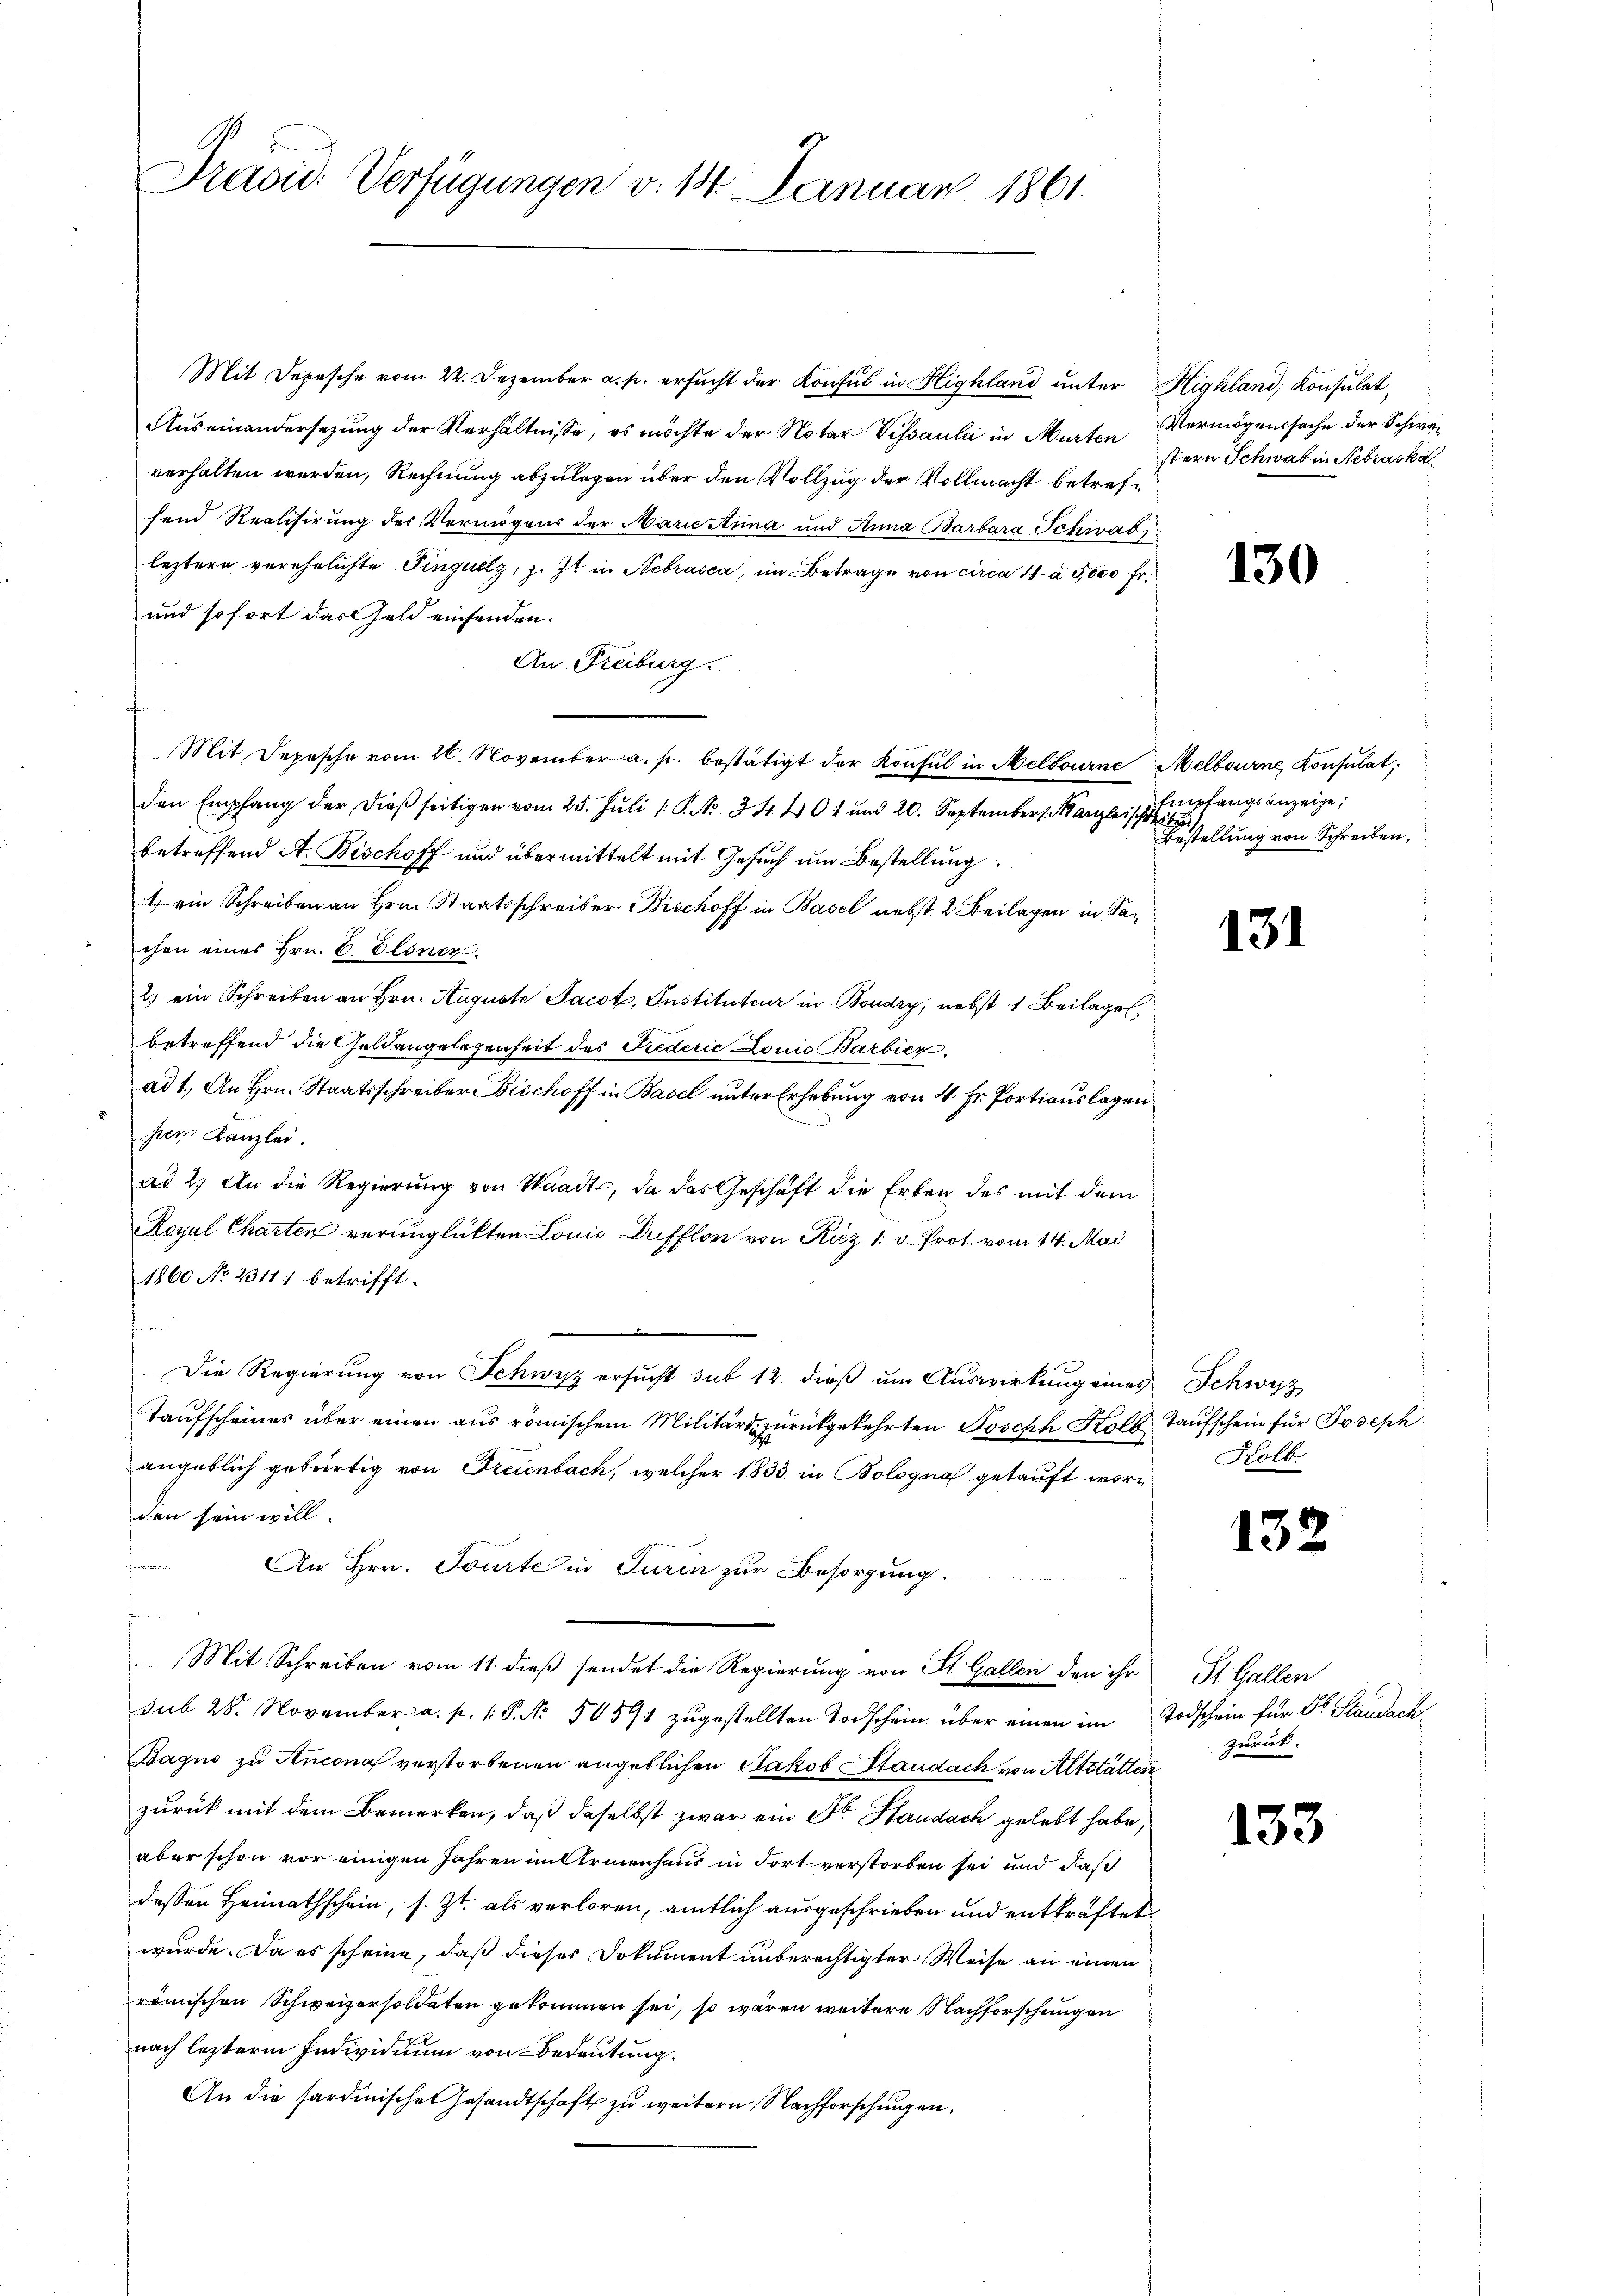
Präsid. Verfügungen v. 14. Januar 1861.

Auseinandersezung der Verhältnisse, es möchte der Notar Vissaula in Murten Vermögenssache der Schweverhalten werden, Rechnung abzulegen über den Vollzug der Vollmacht betreffend Realisirung des Vermögens der Marie Anna und Anna Barbara Schwab
leztere verehelichte Fingullz, z. Zt. in Nebrasca, im Betrage von circa 4 à 5,000 fr.
und sofort das Geld einsenden.
An Freiburg.
Mit Depesche vom 26. November a. p. bestätigt der Konsul in Melbourne Melbourne Konsulat
den Empfang der dieβ seitigen vom 25. Jŭli (: P. No. 34. 401 und 20. September Kanzleisch Empfangsanzeige,
betreffend A. Bischoff und übermittelt mit Gesuch um Bestellung
1 ein Schreiben an Hrn. Staatsschreiber Bischoff in Basel nebst 2 Beilagen in Sachen eines Hrn. C. Elöner
2) ein Schreiben an Hrn. Auguste Jacot, Instituteur in Boudry, nebst 1 Beilagen,
betreffend die Geldangelegenheit des Friederić Louis Barbier
ad 1. An Hrn. Staatsschreiber Bischoff in Basel unter Erhebung von 4 Fr. Portiauslagen
per Kanzlei.
ad 2.) An die Regierung von Waadt, da das Geschäft die Erben des mit dem
Royal Charten verunglückten Louis Dufflor von Käz 1. v. Prot. vom 14. Mai
1860 No 2311) betrifft.
Die Regierung von Schwyz ersucht sub 12. dieß um Auswirkung eines Schwyz
Taufscheines über einen aus römischem Militärs zurückgekehrten Joseph Kolb, Taufschein für Joseph
angeblich gebürtig von Freienbach, welcher 1833 in Bologna getauft worin Kolb.
den sein will.
e
An Hrn. Tourte in Turin zur Besorgung.
fammen
 Mit Schreiben vom 11. dieß sendet die Regierung von St. Gallen den ihr St. Gallen
sub 28. November a. p. 1. P. No. 50591 zugestellten Todschein über einen im Todschein für Dr. Staudach
Bagno zu Ancona verstorbenen angeblichen Jakob Staudack von Altstätten
zurück mit dem Bemerken, daß daselbst zwar ein Sr. Haudach gelebt habe,
aber schon vor einigen Jahren im Armenhaus in dort verstorben sei und daß
dessen Heimathschein, s. Zt. als verloren, amtlich ausgeschrieben und entkräftet
wurde. Da es scheine, daß dieser Dokument unberechtigter Weise an einen
römischen Schweizersoldaten gekommen sei, so waren weitere Nachforschungen
nach leztere Individuum von Bedeutung.
An die sardinischen Gesandtschaft zu weitern Nachforschungen.

Mit Depesche vom 22. Dezember a. p. ersucht der Konsul in Highland unter Highland, Konsulat,

stern Schwab in Nebrach

130

Bestellung von Schreiben,

131

13

zurück.

133